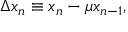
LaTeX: \Delta x _ { n } \equiv x _ { n } - \mu x _ { n - 1 } ,